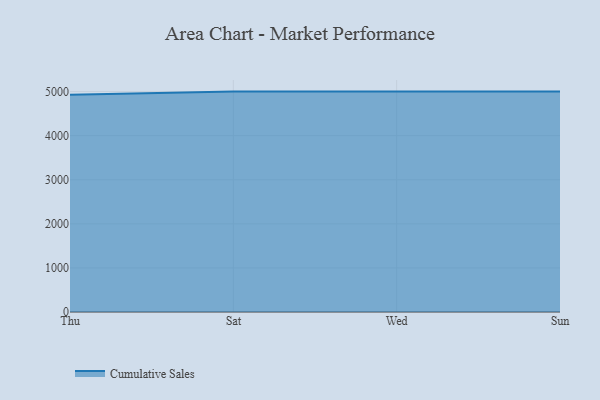
{"axis": {"x": "Day", "y": "Net Income (USD K)"}, "legend": ["Cumulative Sales"], "data": [{"x": "Thu", "y": 4928.4, "type": "Cumulative Sales"}, {"x": "Sat", "y": 5000, "type": "Cumulative Sales"}, {"x": "Wed", "y": 5000, "type": "Cumulative Sales"}, {"x": "Sun", "y": 5000, "type": "Cumulative Sales"}]}